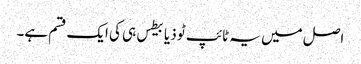
اصل میں یہ ٹائپ ٹو ذیابیطس ہی کی ایک قسم ہے۔